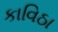
કાવિઠા